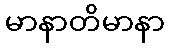
မာနာတိမာနာ